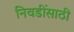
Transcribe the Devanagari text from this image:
निवडींसाठी